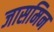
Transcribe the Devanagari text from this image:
जासमिन